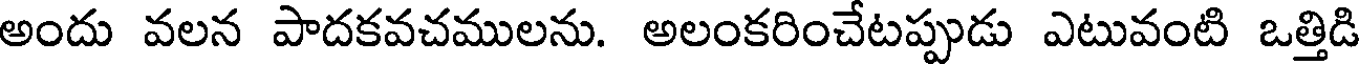
అందు వలన పాదకవచములను. అలంకరించేటప్పుడు ఎటువంటి ఒత్తిడి